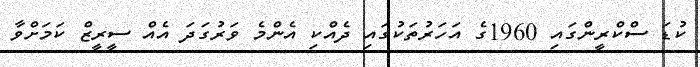
ކުޑަ ސްކްރީންގައި 1960ގެ އަހަރުތަކުގައި ދެއްކި އެންމެ ވަރުގަދަ އެއް ސީރީޒް ކަމަށްވާ